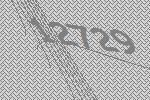
12729